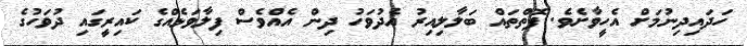
ހަދައިދިނުމަށް އެހީވާށެވެ. ފޮތްތައް ބަލާލިއިރު އެދުވަހު ދިން އެއްވެސް ފިލާވަޅެއްގެ ކައިރީގައި ދުވަހުގެ